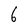
Character: 6